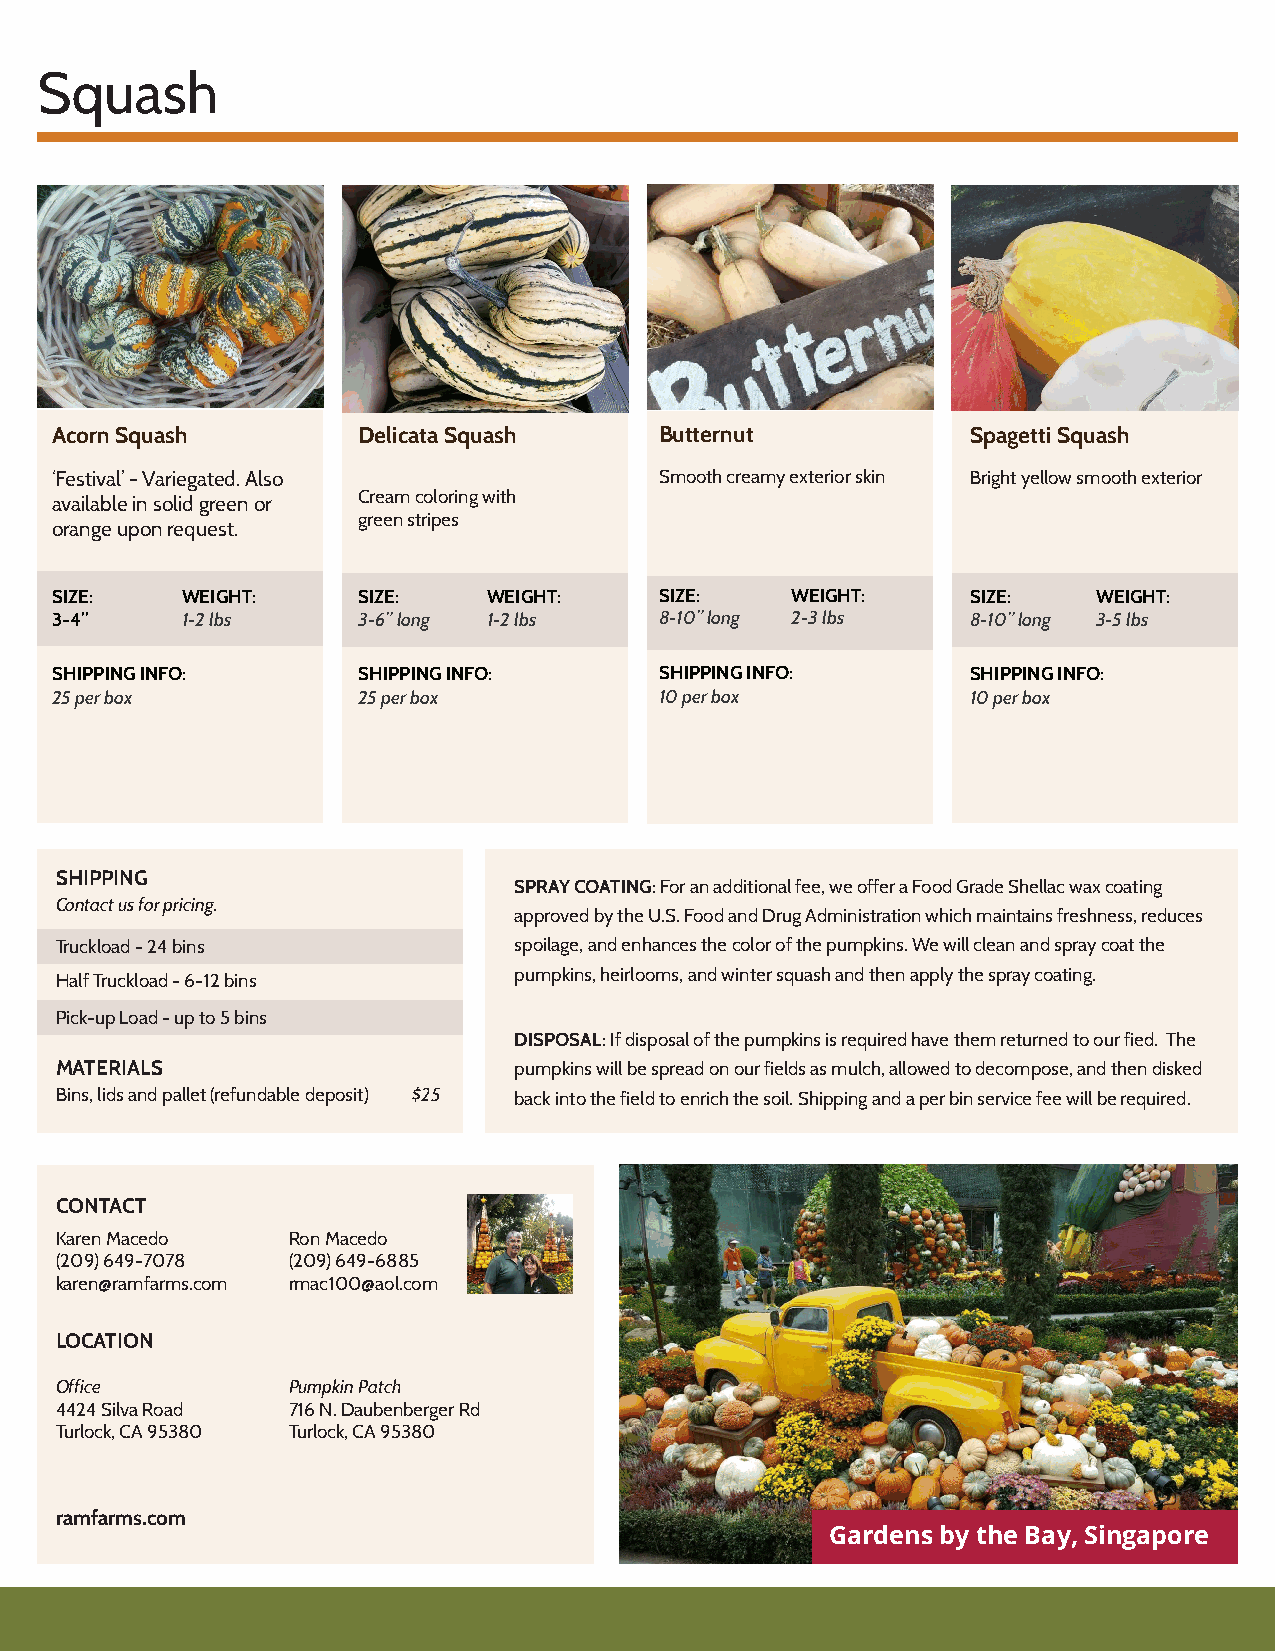
Squash
 Acorn Squash         Delicata Squash     Butternut           Spagetti Squash
 ‘Festival’ - Variegated. Also            Smooth creamy exterior skin Bright yellow smooth exterior
 available in solid green or Cream coloring with
 green stripes
 orange upon request.
 SIZE:    WEIGHT:     SIZE:   WEIGHT:     SIZE:   WEIGHT:     SIZE:    WEIGHT:
 3-4”     1-2 lbs     3-6” long 1-2 lbs   8-10” long 2-3 lbs  8-10” long 3-5 lbs
 SHIPPING INFO:       SHIPPING INFO:      SHIPPING INFO:      SHIPPING INFO:
 25 per box           25 per box          10 per box          10 per box
 SHIPPING
 SPRAY COATING: For an additional fee, we offer a Food Grade Shellac wax coating
 Contact us for pricing.
 approved by the U.S. Food and Drug Administration which maintains freshness, reduces
 Truckload - 24 bins           spoilage, and enhances the color of the pumpkins. We will clean and spray coat the
 pumpkins, heirlooms, and winter squash and then apply the spray coating.
 Half Truckload - 6-12 bins
 Pick-up Load - up to 5 bins
 DISPOSAL: If disposal of the pumpkins is required have them returned to our fied. The
 MATERIALS                     pumpkins will be spread on our fields as mulch, allowed to decompose, and then disked
 Bins, lids and pallet (refundable deposit) $25 back into the field to enrich the soil. Shipping and a per bin service fee will be required.
 CONTACT
 Karen Macedo   Ron Macedo
 (209) 649-7078 (209) 649-6885
 karen@ramfarms.com rmac100@aol.com
 LOCATION
 Office         Pumpkin Patch
 4424 Silva Road 716 N. Daubenberger Rd
 Turlock, CA 95380 Turlock, CA 95380
 ramfarms.com
 Gardens by the Bay, Singapore